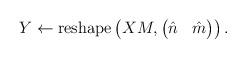
LaTeX: \begin{align*} Y \gets \operatorname{reshape}\left(X M, \begin{pmatrix} \hat n & \hat m\end{pmatrix}\right).\end{align*}